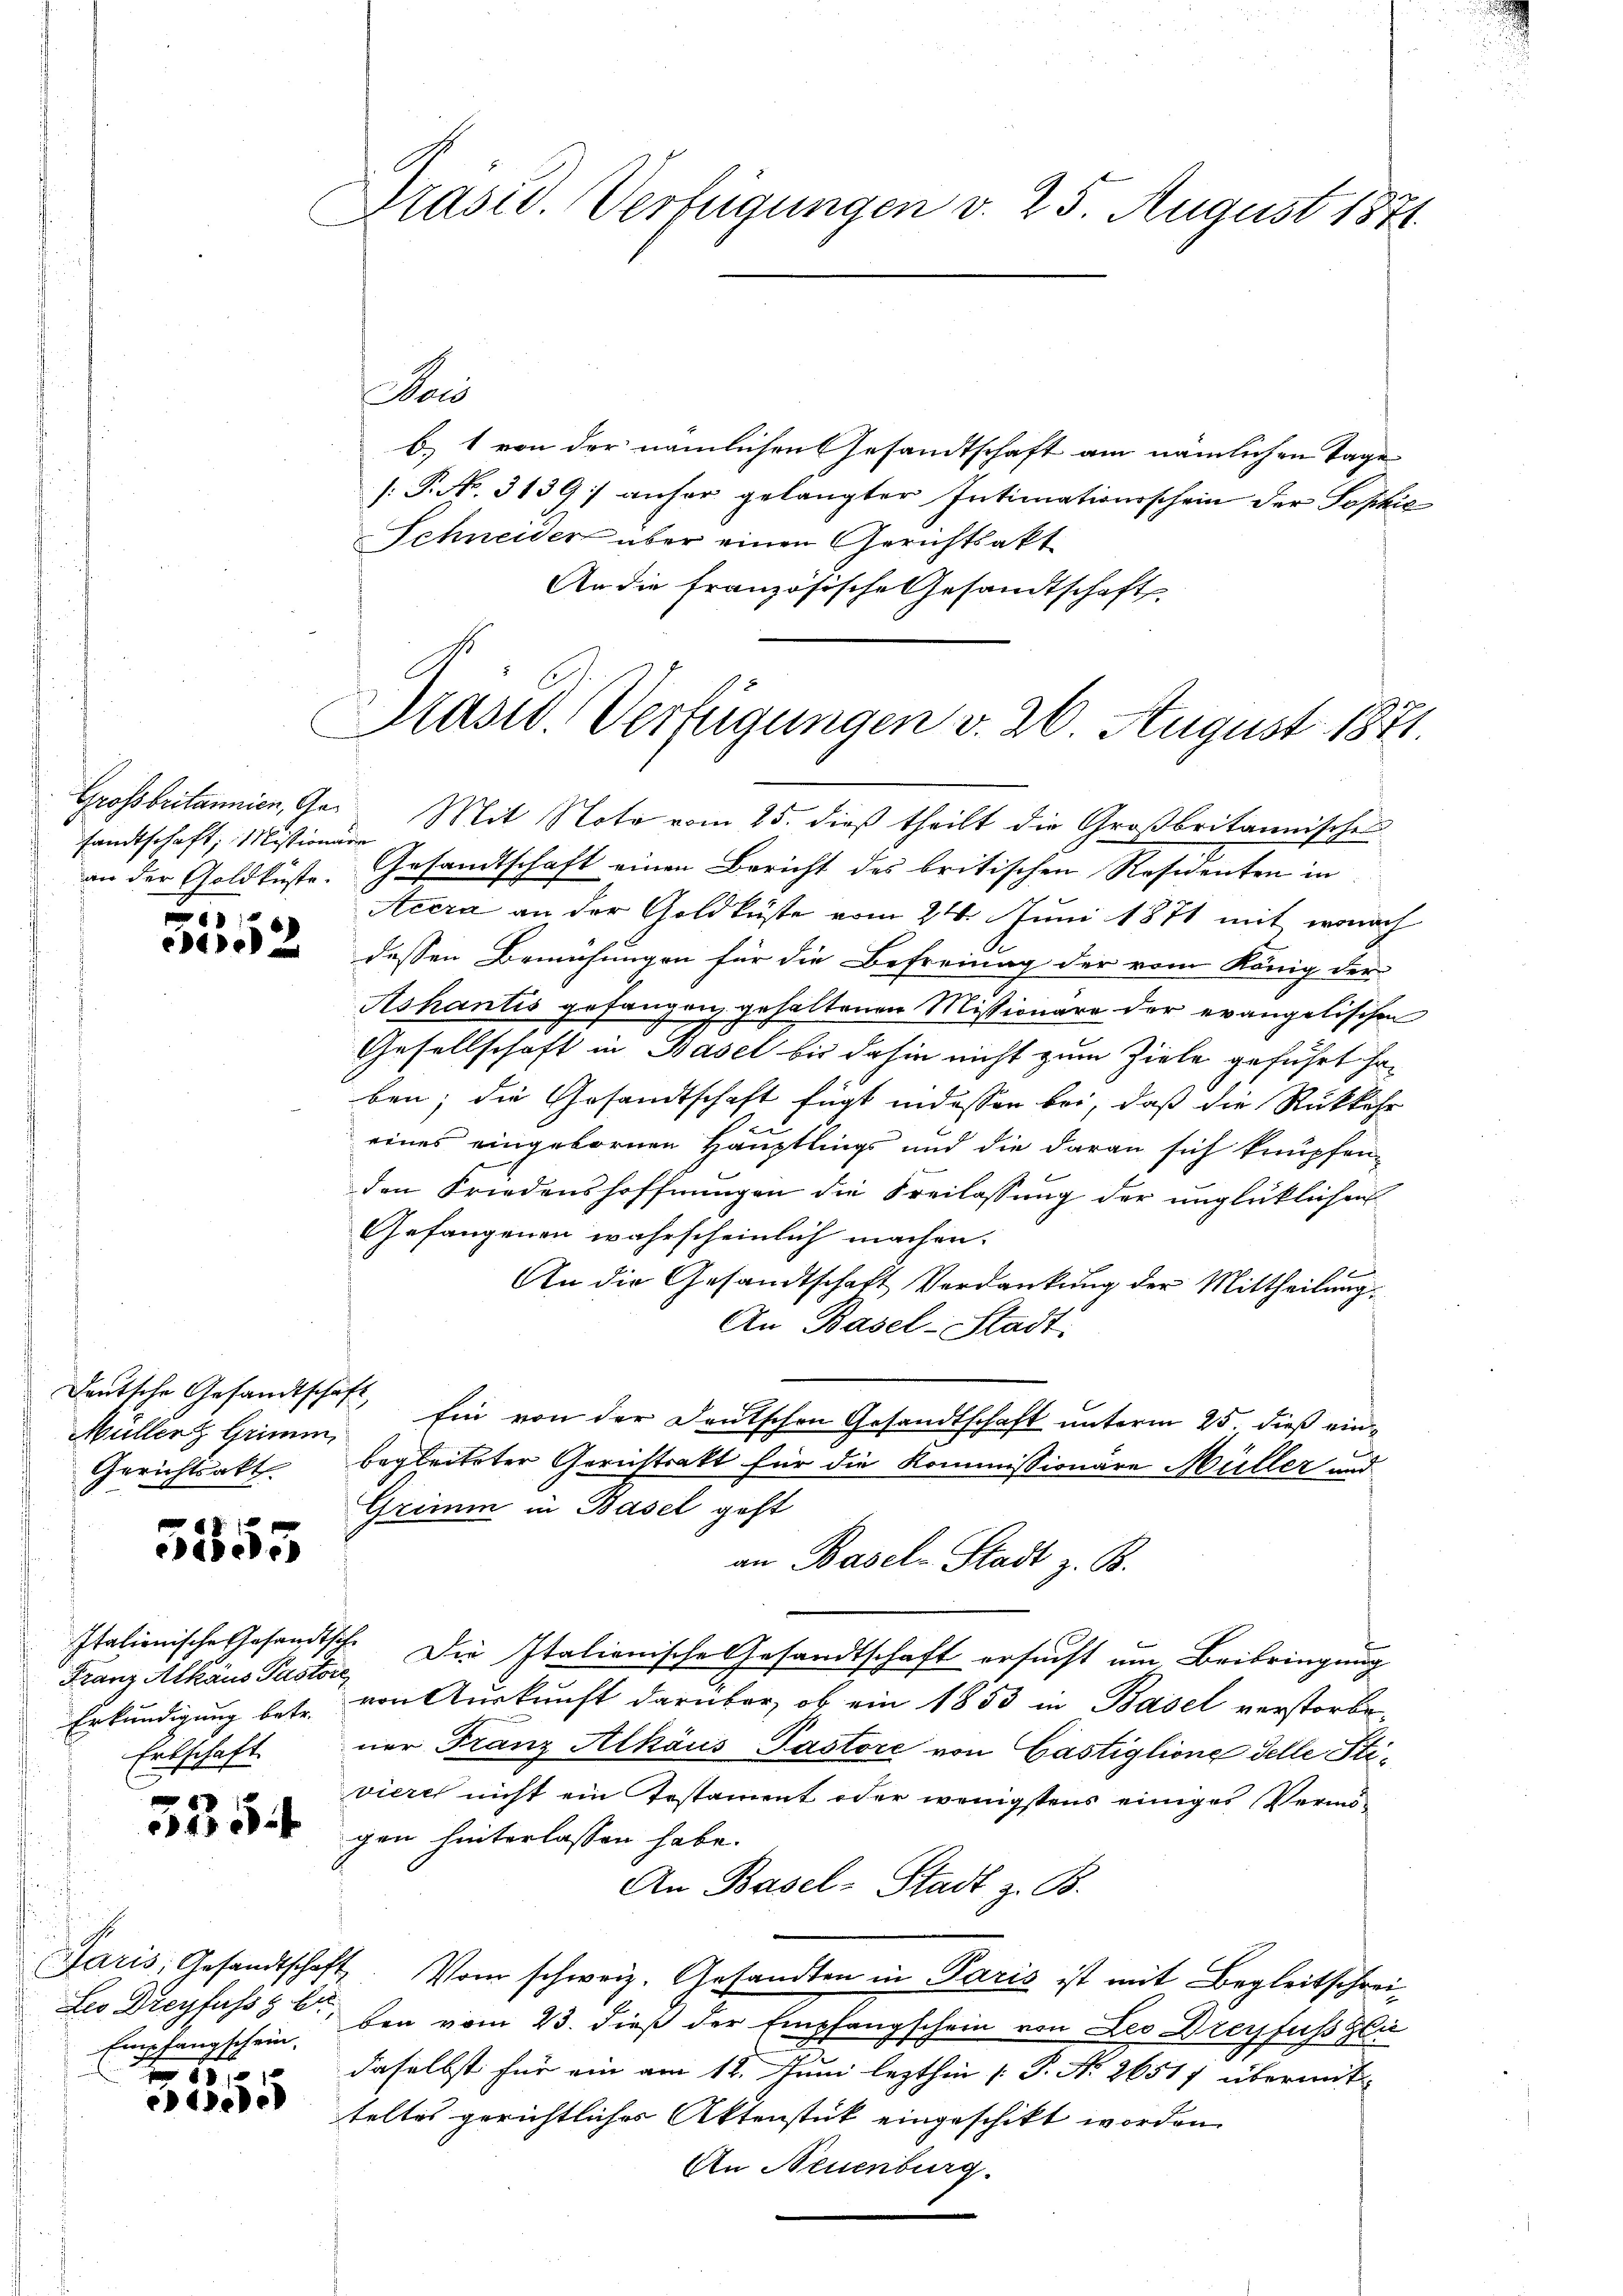
sandtschaft, Missionire
8

4

Deutsche Gesandtschaft
Müller Grimm,
Gerichtsakt

5555

Italionische Gesandtsche
Erkundigung betr.
Erbschaft.

3354

Leo Dreyfuss g br
88 xxx

cede

Präsid. Verfügungen v. 25. August 1871

Präsid. Verfügungen v. 26. August 1871.

Nous
b. 1 von der nämlichen Gesandtschaft am nämlichen Tage
[.P. N. 3139: anher gelangter Intimationsschein der Sophis
Schneider über einen Gerichtsakt
An die französische Gesandtschaft
Grossbritannien, Ga. Mit Nota vom 25. dieß theilt die Großbritannische
an der Goldbüste. Gesandtschaft einen Bericht des britischen Residenten in
Acera an der Goldküste vom 21. Juni 1871 mit wonach
dessen Bemühungen für die Befreiung der vom König der
Ashantis gefangen gehaltenen Missionäre der evangelischen
Gesellschaft in Basel bis dahin nicht zum Ziele geführt haben; die Gesandtschaft fügt indessen bei, daß die Rückkehr
eines eingebornen Hauptlings und die daran sich knüpfen-
den Friedenshoffnungen die Freilassung der unglücklichen
Gefangenen wahrscheinlich machen.
An die Gesandtschaft Verdankŭng der Mittheilŭng.
An Basel-Stadt.
Ein von der Deutschen Gesandtschaft unterm 25. dieß einbegleiteter Gerichtsakt für die Kommissionäre Müller und
Grimm in Basel geht
an Basel-Stadt z. B.
Franz Alkans Pastor, Die Italienische Gesandtschaft ersucht um Beibringung
von Auskunft darüber, ob ein 1853 in Basel verstorbe
ner Franz Alhaus Pastore von Gästiglione delle Stiviere nicht ein Testament oder wenigstens einiges Vermögen hinterlassen habe.
An Basel-Stadt z. B.
Paris, Gesandtschaft. Vom schweiz. Gesandten in Paris ist mit Begleitschrei-
Empfangschein, bei vom 23. dieß der Empfangschein von Leo Dreyfuss zie
daselbst für ein am 12. Juni lezthin (: P. Nr. 26517 übermit
teltes gerichtliches Aktenstück eingeschikt worden.
An Neuenburg.